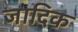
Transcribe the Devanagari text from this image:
जादिक